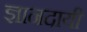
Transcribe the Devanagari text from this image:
ज्ञानदायी